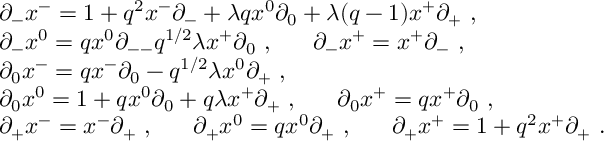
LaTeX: \begin{array} { l } { { \partial _ { - } x ^ { - } = 1 + q ^ { 2 } x ^ { - } \partial _ { - } + \lambda q x ^ { 0 } \partial _ { 0 } + \lambda ( q - 1 ) x ^ { + } \partial _ { + } ~ , } } \\ { { \partial _ { - } x ^ { 0 } = q x ^ { 0 } \partial _ { -- } q ^ { 1 / 2 } \lambda x ^ { + } \partial _ { 0 } ~ , ~ ~ ~ ~ ~ \partial _ { - } x ^ { + } = x ^ { + } \partial _ { - } ~ , } } \\ { { \partial _ { 0 } x ^ { - } = q x ^ { - } \partial _ { 0 } - q ^ { 1 / 2 } \lambda x ^ { 0 } \partial _ { + } ~ , } } \\ { { \partial _ { 0 } x ^ { 0 } = 1 + q x ^ { 0 } \partial _ { 0 } + q \lambda x ^ { + } \partial _ { + } ~ , ~ ~ ~ ~ ~ \partial _ { 0 } x ^ { + } = q x ^ { + } \partial _ { 0 } ~ , } } \\ { { \partial _ { + } x ^ { - } = x ^ { - } \partial _ { + } ~ , ~ ~ ~ ~ ~ \partial _ { + } x ^ { 0 } = q x ^ { 0 } \partial _ { + } ~ , ~ ~ ~ ~ ~ \partial _ { + } x ^ { + } = 1 + q ^ { 2 } x ^ { + } \partial _ { + } ~ . } } \end{array}